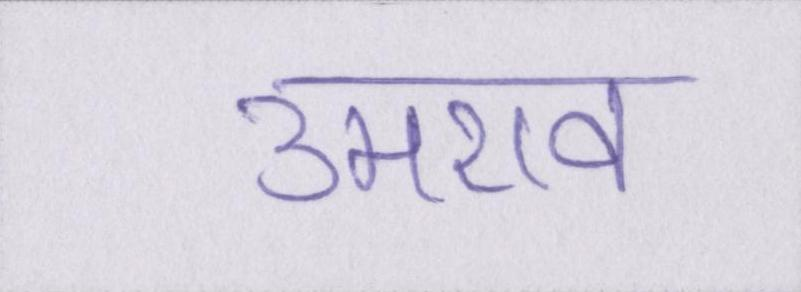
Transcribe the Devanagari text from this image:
उमराव